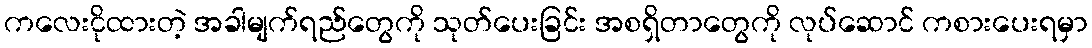
ကလေးငိုထားတဲ့ အခါမျက်ရည်တွေကို သုတ်ပေးခြင်း အစရှိတာတွေကို လုပ်ဆောင် ကစားပေးရမှာ